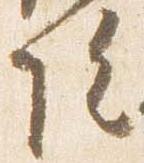
院